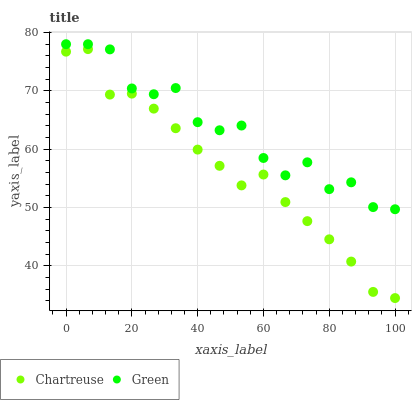
| xaxis_label | Chartreuse | Green |
 | --- | --- | --- |
 | 0 | 76.7 | 78 |
 | 6.67 | 77.2 | 78 |
 | 13.3 | 69.4 | 77.1 |
 | 20 | 69.5 | 70.4 |
 | 26.7 | 67 | 69.4 |
 | 33.3 | 63.6 | 70.5 |
 | 40 | 59.9 | 64.6 |
 | 46.7 | 57.2 | 63.3 |
 | 53.3 | 53.8 | 64.1 |
 | 60 | 55.7 | 58.5 |
 | 66.7 | 50.9 | 55.5 |
 | 73.3 | 47.7 | 57.8 |
 | 80 | 44.6 | 53.2 |
 | 86.7 | 40.8 | 54.3 |
 | 93.3 | 35.6 | 50.1 |
 | 100 | 34.5 | 49.7 |